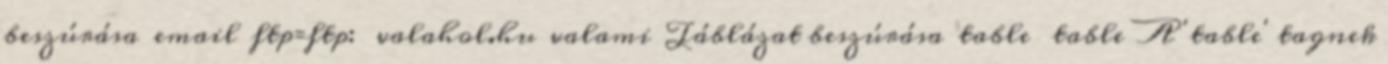
beszúrása email ftp=ftp: valahol.hu valami Táblázat beszúrása table table A 'table' tagnek